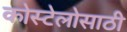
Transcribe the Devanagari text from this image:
कोस्टेलोसाठी